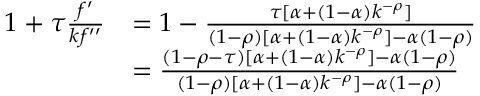
{ \begin{array} { r l } { 1 + \tau { \frac { f ^ { \prime } } { k f ^ { \prime \prime } } } } & { = 1 - { \frac { \tau [ \alpha + ( 1 - \alpha ) k ^ { - \rho } ] } { ( 1 - \rho ) [ \alpha + ( 1 - \alpha ) k ^ { - \rho } ] - \alpha ( 1 - \rho ) } } } \\ & { = { \frac { ( 1 - \rho - \tau ) [ \alpha + ( 1 - \alpha ) k ^ { - \rho } ] - \alpha ( 1 - \rho ) } { ( 1 - \rho ) [ \alpha + ( 1 - \alpha ) k ^ { - \rho } ] - \alpha ( 1 - \rho ) } } } \end{array} }